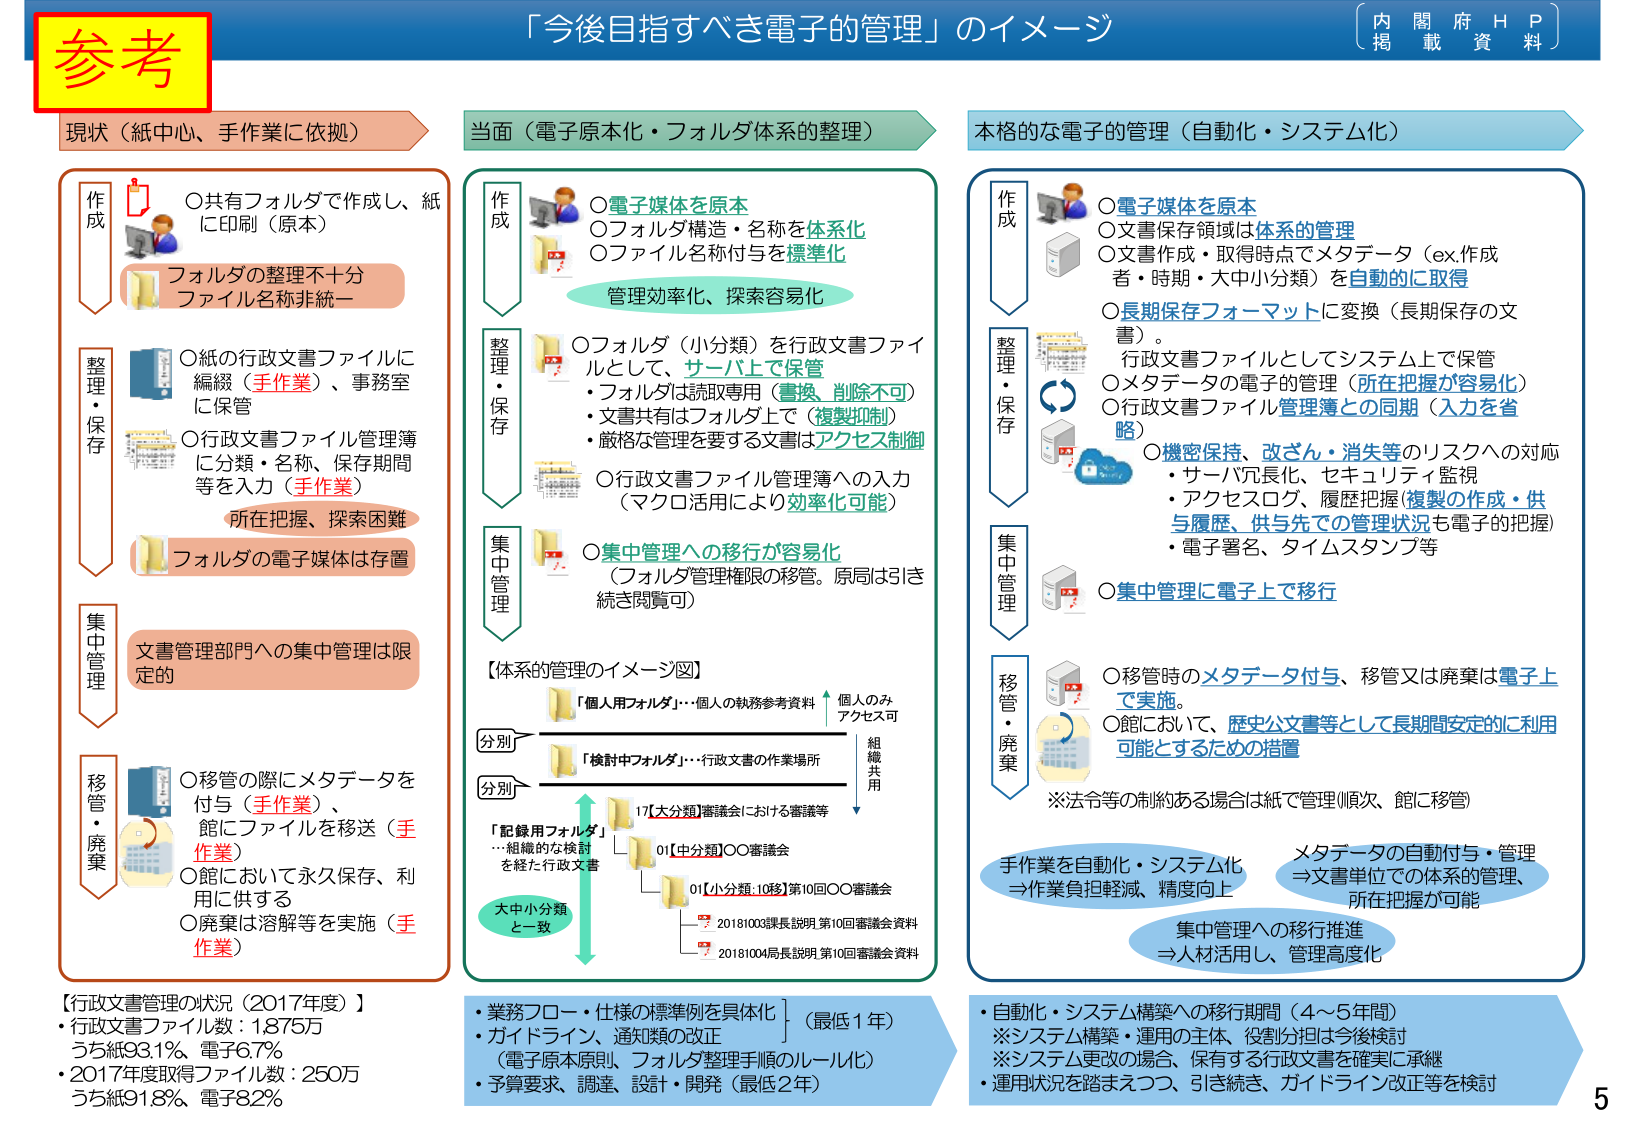
「今後目指すべき電子的管理」のイメージ
（内閣府掲載資料）

参考

現状（紙中心、手作業に依拠）

作成
○共有フォルダで作成し、紙に印刷（原本）
フォルダの整理不十分
ファイル名称非統一

整理・保存
○紙の行政文書ファイルに編綴（手作業）、事務室に保管
○行政文書ファイル管理簿に分類・名称、保存期間等を入力（手作業）
所在把握、探索困難
フォルダの電子媒体は存置

集中管理
文書管理部門への集中管理は限定的

移管・廃棄
○移管の際にメタデータを付与（手作業）、館にファイルを移送（手作業）
○館において永久保存、利用に供する
○廃棄は溶解等を実施（手作業）

【行政文書管理の状況（2017年度）】
・行政文書ファイル数：1875万
うち紙93.1%、電子6.7%
・2017年度取得ファイル数：250万
うち紙91.8%、電子8.2%

当面（電子原本化・フォルダ体系の整理）

作成
○電子媒体を原本
○フォルダ構造・名称を体系化
○ファイル名称付与を標準化
管理効率化、探索容易化

整理・保存
○フォルダ（小分類）を行政文書ファイルとして、サーバ上に保管
・フォルダは読取専用（書換、削除不可）
・文書共有はフォルダ上で（複製抑制）
・厳格な管理を要する文書はアクセス制御
○行政文書ファイル管理簿への入力（マクロ活用により効率化可能）

集中管理
○集中管理への移行が容易化（フォルダ管理権限の移管。原局は引き続き閲覧可）

【体系的管理のイメージ図】
「個人用フォルダ」…個人の執務参考資料　→　個人のみアクセス可
「検討中フォルダ」…行政文書の作業場所
「記録用フォルダ」…組織的な検討を経た行政文書
　　17[大分類]審議会における審議等
　　　　01[中分類]○○審議会
　　　　　　01[小分類:10段]第10回○○審議会
　　　　　　　　20181003課長説明 第10回審議会資料
　　　　　　　　20181004局長説明 第10回審議会資料
大中小分類と一致
分別　→　分別
組織共用

・業務フロー・仕様の標準例を具体化（最低1年）
・ガイドライン、通知類の改正（電子原本原則、フォルダ整理手順のルール化）
・予算要求、調達、設計・開発（最低2年）

本格的な電子的管理（自動化・システム化）

作成
○電子媒体を原本
○文書保存領域は体系的管理
○文書作成・取得時点でメタデータ（ex.作成者・時期・大中小分類）を自動的に取得
○長期保存フォーマットに変換（長期保存の文書）。
　行政文書ファイルとしてシステム上で保管
○メタデータの電子的管理（所在把握が容易化）
○行政文書ファイル管理簿との同期（入力を省略）
○機密保持、改ざん・消失等のリスクへの対応
　・サーバ冗長化、セキュリティ監視
　・アクセスログ、履歴把握（複製の作成・供与履歴、供与先での管理状況も電子的把握）
　・電子署名、タイムスタンプ等
○集中管理に電子上で移行

整理・保存

集中管理

移管・廃棄
○移管時のメタデータ付与、移管又は廃棄は電子上で実施。
○館において、歴史公文書等として長期間安定的に利用可能とするための措置
※法令等の制約がある場合は紙で管理（順次、館に移管）

手作業を自動化・システム化
→作業負担軽減、精度向上
メタデータの自動付与・管理
→文書単位での体系的管理、所在把握が可能
集中管理への移行推進
→人材活用し、管理高度化

・自動化・システム構築への移行期間（4～5年間）
※システム構築・運用の主体、役割分担は今後検討
※システム更改の場合、保有する行政文書を確実に承継
・運用状況を踏まえつつ、引き続き、ガイドライン改正等を検討

5